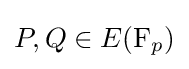
P,Q\in E(\mathrm {F} _{p})